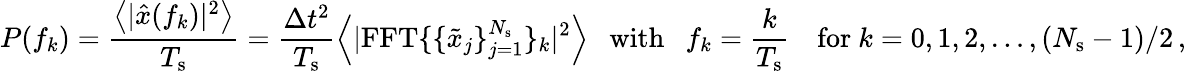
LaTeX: P(f_{k})=\frac{\left<|\hat{x}(f_{k})|^{2}\right>}{T_{\mathrm{s}}}=\frac{\Delta t^{2}}{T_{\mathrm{s}}}\left<|\mathrm{FFT}\{ \{ \tilde{x}_{j}\} _{j=1}^{N_{\mathrm{s}}}\} _{k}|^{2}\right>\ \ \ \mathrm{with}\ \ \ f_{k}=\frac{k}{T_{\mathrm{s}}}\ \ \ \ \mathrm{for}\ k=0,1,2,\ldots,(N_{\mathrm{s}}-1)/2\, ,